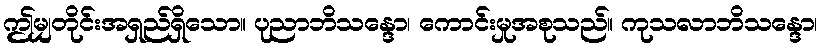
ဤမျှတိုင်းအရှည်ရှိသော။ ပုညာဘိသန္ဒော၊ ကောင်းမှုအစုသည်။ ကုသလာဘိသန္ဒော၊